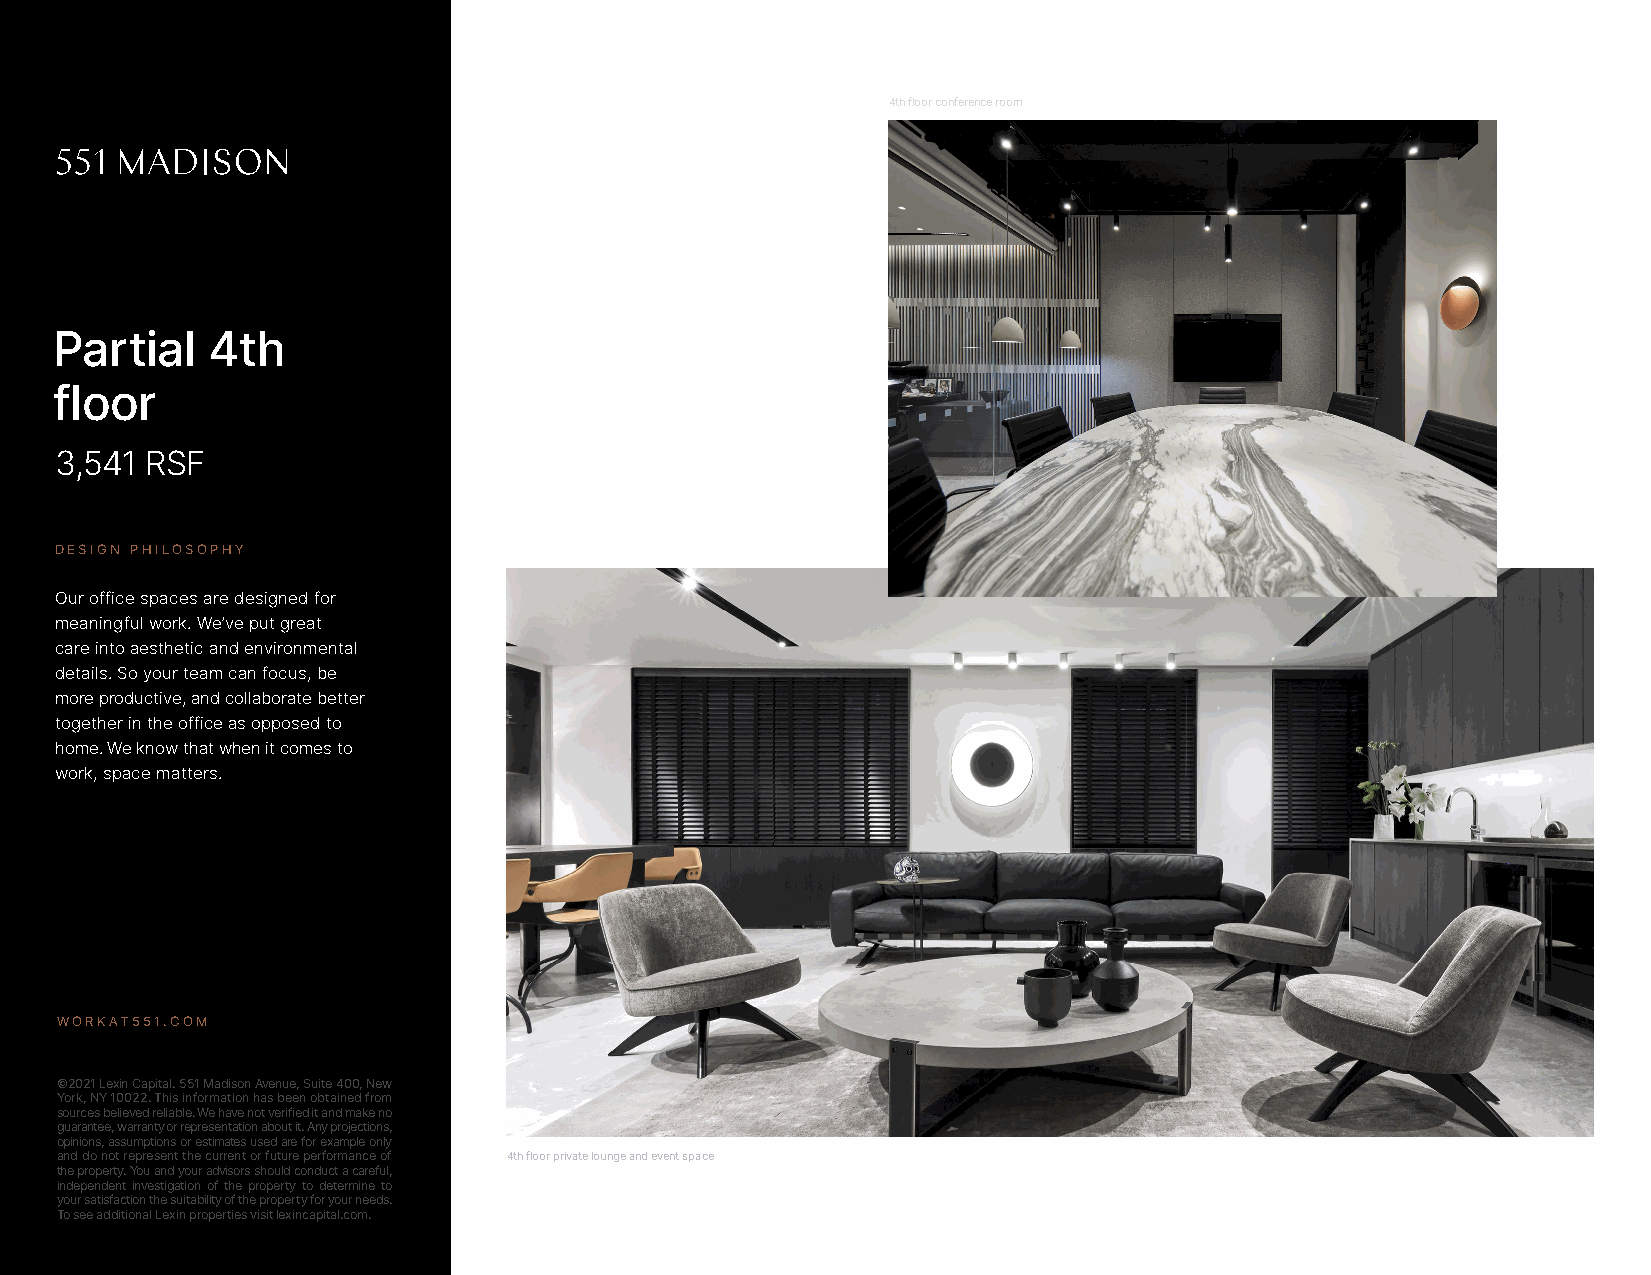
4th floor conference room
 Partial    4th
 floor
 3,541 RSF
 DESIGN PHILOSOPHY
 Our office spaces are designed for
 meaningful work. We’ve put great
 care into aesthetic and environmental
 details. So your team can focus, be
 more productive, and collaborate better
 together in the office as opposed to
 home. We know that when it comes to
 work, space matters.
 WORKAT551.COM
 ©2021 Lexin Capital. 551 Madison Avenue, Suite 400, New
 York, NY 10022. This information has been obtained from
 sources believed reliable. We have not verified it and make no
 guarantee, warranty or representation about it. Any projections,
 opinions, assumptions or estimates used are for example only
 and do not represent the current or future performance of 4th floor private lounge and event space
 the property. You and your advisors should conduct a careful,
 independent investigation of the property to determine to
 your satisfaction the suitability of the property for your needs.
 To see additional Lexin properties visit lexincapital.com.